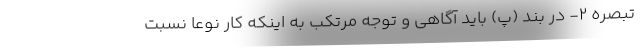
تبصره ۲- در بند (پ) باید آگاهی و توجه مرتکب به اینکه کار نوعاً نسبت